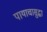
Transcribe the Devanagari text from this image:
पायाचासुद्धा